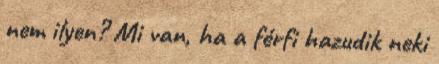
nem ilyen? Mi van, ha a férfi hazudik neki